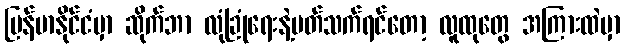
မြန်မာနိုင်ငံမှာ ဆိုက်ဘာ လုံခြုံရေးနဲ့ပတ်သက်ရင်တော့ လူထုတွေ အကြားထဲမှာ